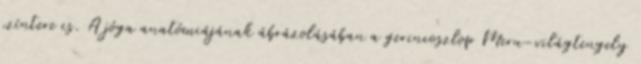
színtere is. A jóga anatómiájának ábrázolásában a gerincoszlop Meru-világtengely